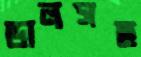
ডালসহ